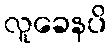
လူခေနပိ